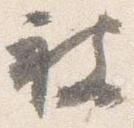
被